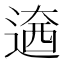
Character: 𨕏